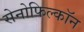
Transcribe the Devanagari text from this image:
सेनोफिल्कॉन